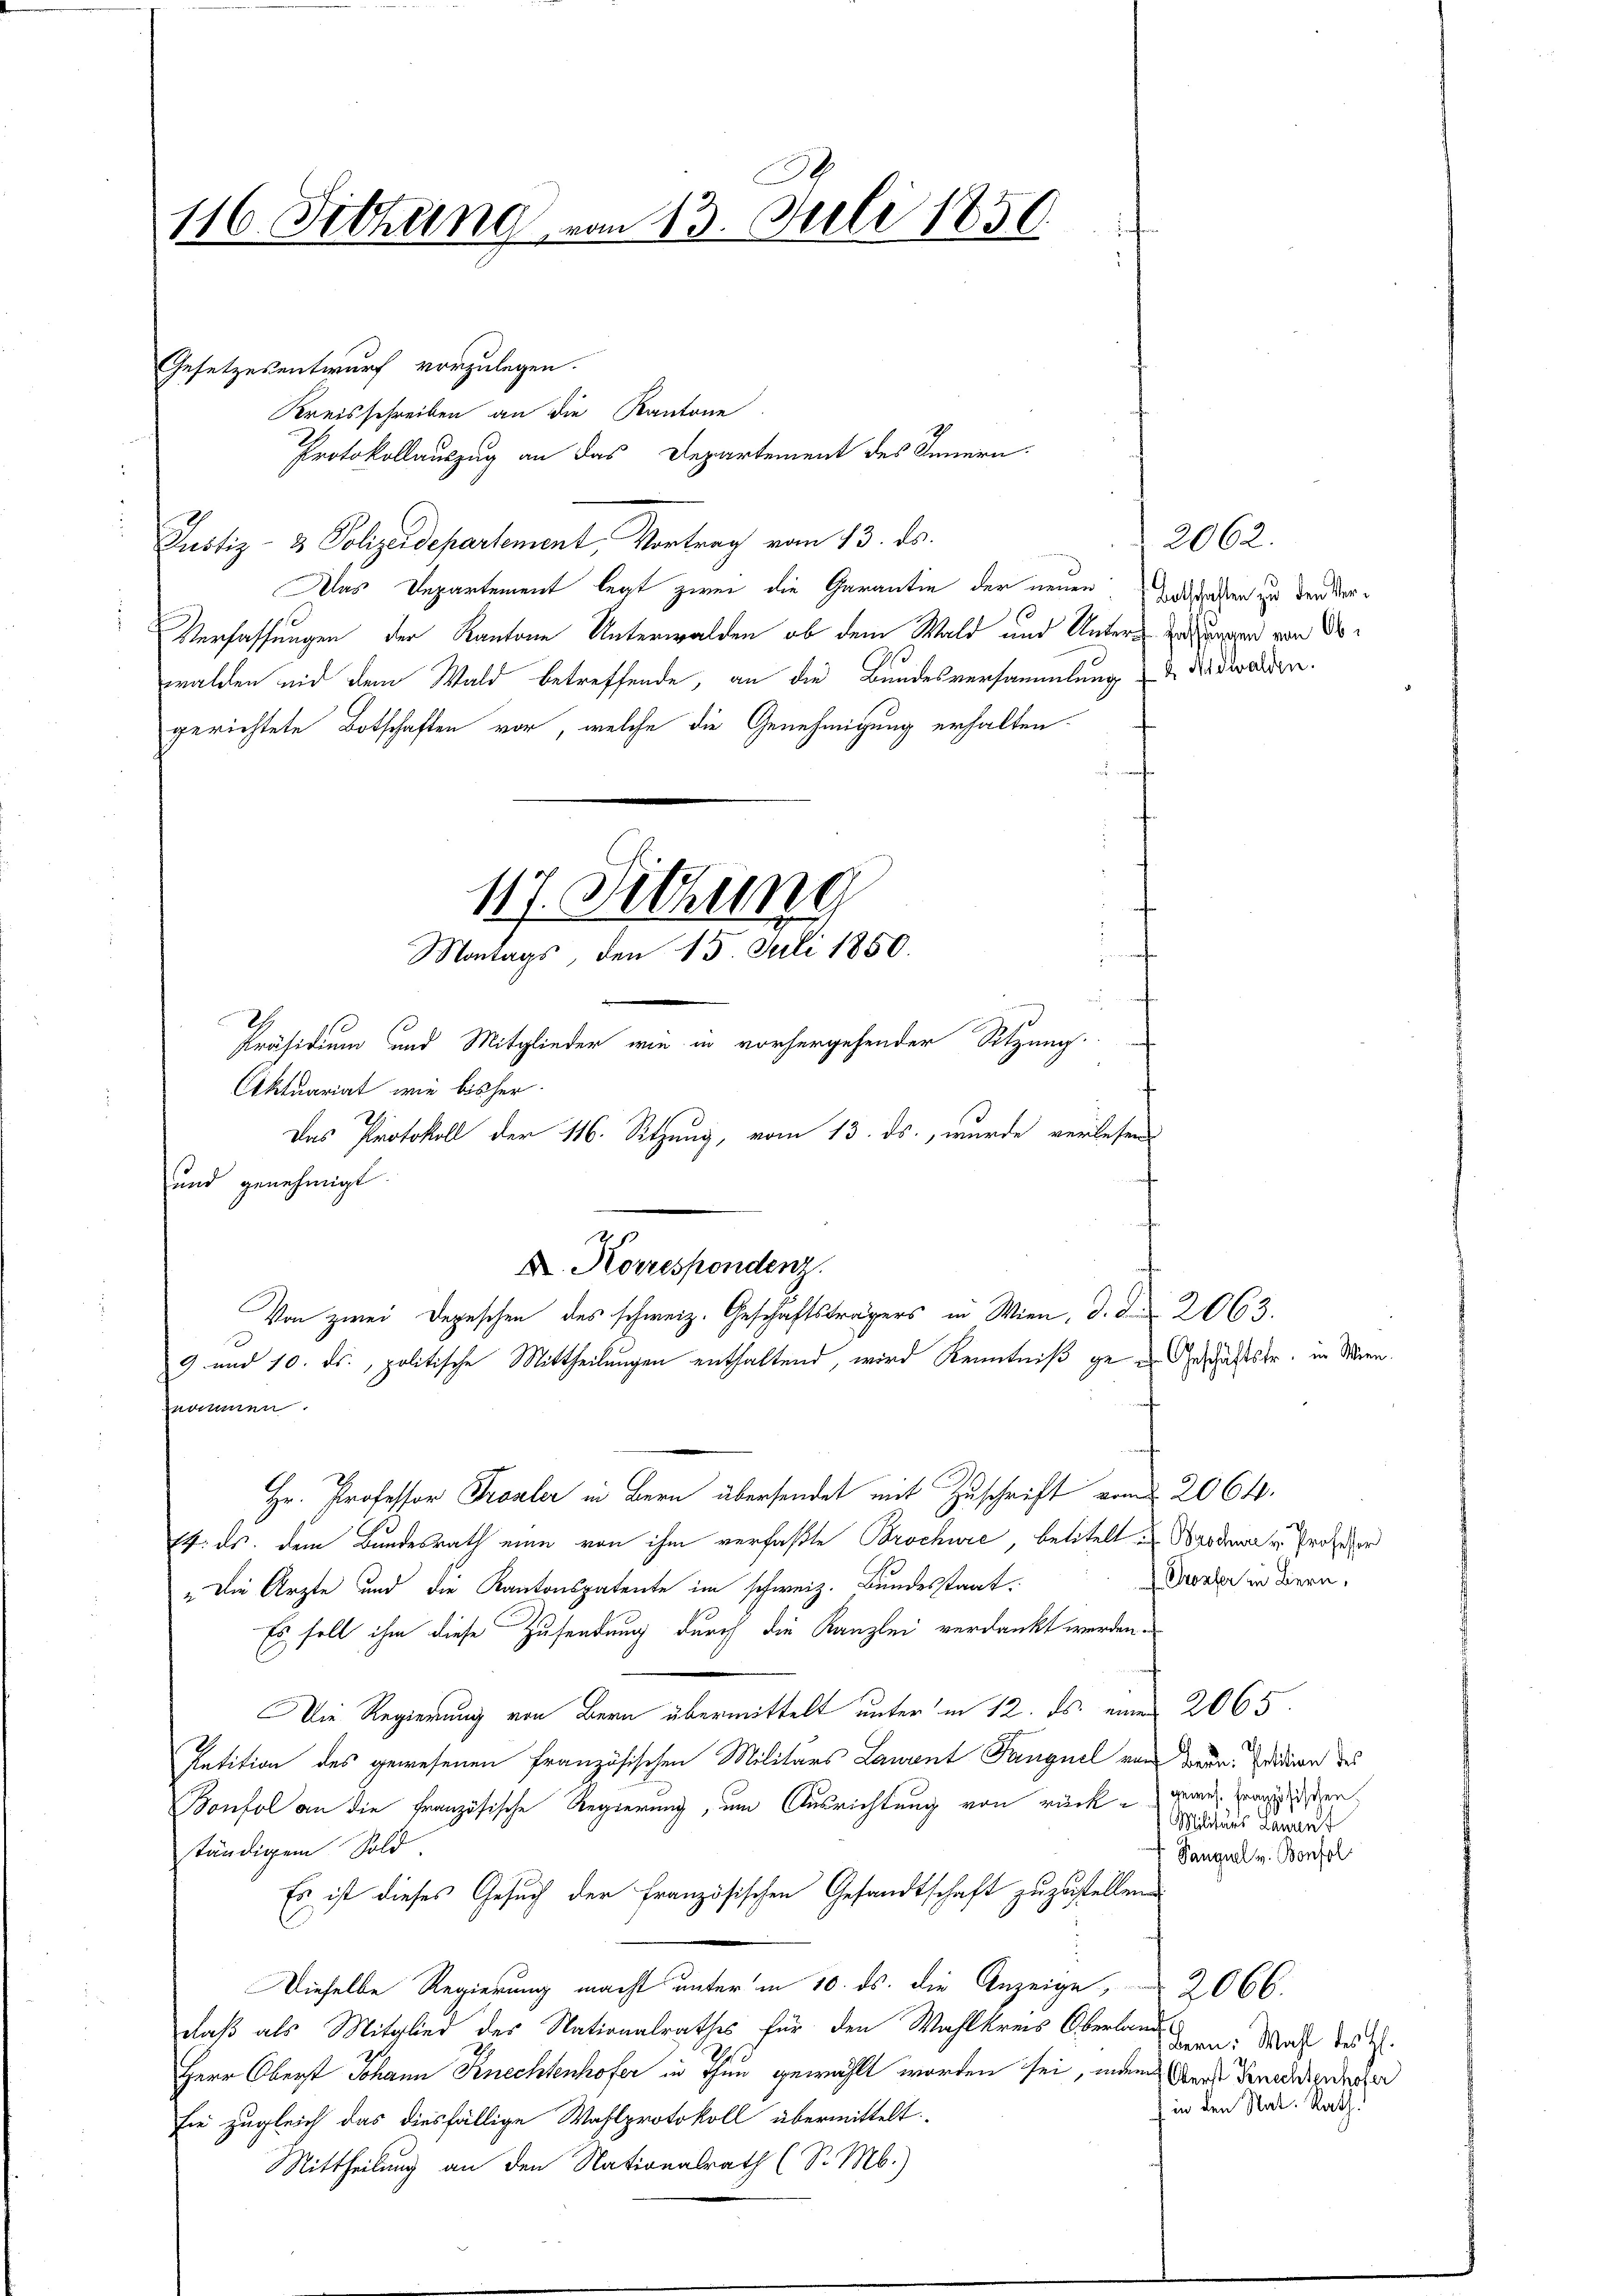
116. Sitzung von 13. Juli 1850.

Gesetzesentwurf vorzulegen.
Kreisschreiben an die Kantone
Protokollauszug an das Departement des Innern.
Justiz- & Polizeidepartement, Vortrag vom 13. ds.
Das Departement legt zwei die Garantin der neuen Entdecken in den Ver¬
Verfassungen der Kantone Unterwalden ob dem Wald und Unters zu ungen von Dowalden mit dem Wald betreffende, an die Bundesversammlung & die orden.
gerichtete Botschaften vor, welche die Genehmigung erhalten.

und genehmigt.

nommen.

117. Dithung
Montags, den 15. Juli 1850.
d
Präsidium und Mitglieder wie in vorhergehender Sitzung.
Aktuariat wie bisher.

Das Protokoll der 116. Sitzung, vom 13. ds., wurde verlesen
X. Korrespondenz.
Von zwei Depeschen des schweiz. Geschäftsträgers in Wien, d. d. 2063.
9 und 10. ds., politische Mittheilungen enthaltend, wird Kenntniß gen Geschäftstr. in Wien.

2062.

Hr. Professor Fronler in Bern übersendet mit Zuschrift vom 2064.
14. ds. dem Bundesrath eine von ihm verfaßte Brochüre, betitelt u Badena v. Professor
„Die Ärzte und die Kantonspatente im schweiz. Bundesstaat.
Es soll ihm diese Zusendung durch die Kanzlei verdankt werden.
Die Regierung von Bern übermittelt unter in 12. ds. einer 2065.
Petition des gewesenen Französischen Militärs Lavant Fanguel von werde. Erden des
Boufel an die französische Regierung, um Ausrichtung von rücke gern werde
Militärs Lauren
ständigem Sold
Panguel v. Bonf
Es ist dieses Gesuch der Französischen Gesandtschaft zuzustellen.
i
Dieselbe Regierung macht unter in 10. ds. die Anzeige, 2066.
daß als Mitglied des Nationalrathes für den Wahlkreis Oberlangen. Was des
Herr Oberst Johann Knechtenhofer in Thun gewählt worden sei, inden Aus Gnadenser
in den Nat. Rath.
sie zugleich das diesfällige Wahlprotokoll übermittelt.
Mittheilung an den Nationalrath (S. M.)

Kronber in Bern,

seh
pl.